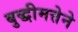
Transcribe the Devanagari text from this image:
बुद्धीमत्तेने